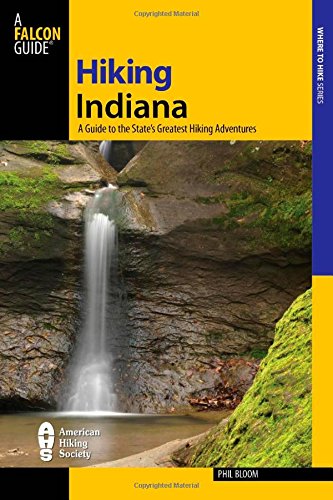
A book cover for Hiking Indiana: A Guide To The State's Greatest Hiking Adventures (State Hiking Guides Series); Phil Bloom; Travel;